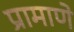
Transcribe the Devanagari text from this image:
प्रामाणे